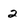
Character: 2